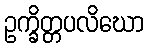
ဥက္ခိတ္တပလိဃော